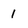
Character: 1